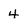
Character: 4